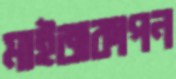
মাইজকাপন